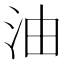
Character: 油